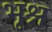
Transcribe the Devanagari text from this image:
भूश्न